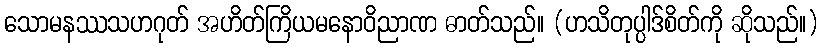
သောမနဿသဟဂုတ် အဟိတ်ကြိယမနောဝိညာဏ ဓာတ်သည်။ (ဟသိတုပ္ပါဒ်စိတ်ကို ဆိုသည်။)